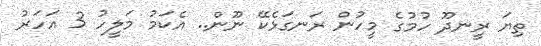
ތިޔަ ރީނދޫ ހުމުގެ މީހުން ރަނގަޅެކޭ ނޫން.. އެކަމު މަލީހު 3 އަހަރު